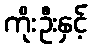
ကိုးဦးနှင့်